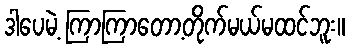
ဒါပေမဲ့ ကြာကြာတော့တိုက်မယ်မထင်ဘူး။